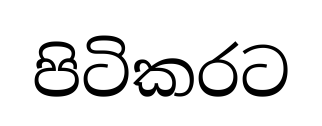
පිටිකරට